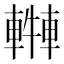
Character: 𨎓